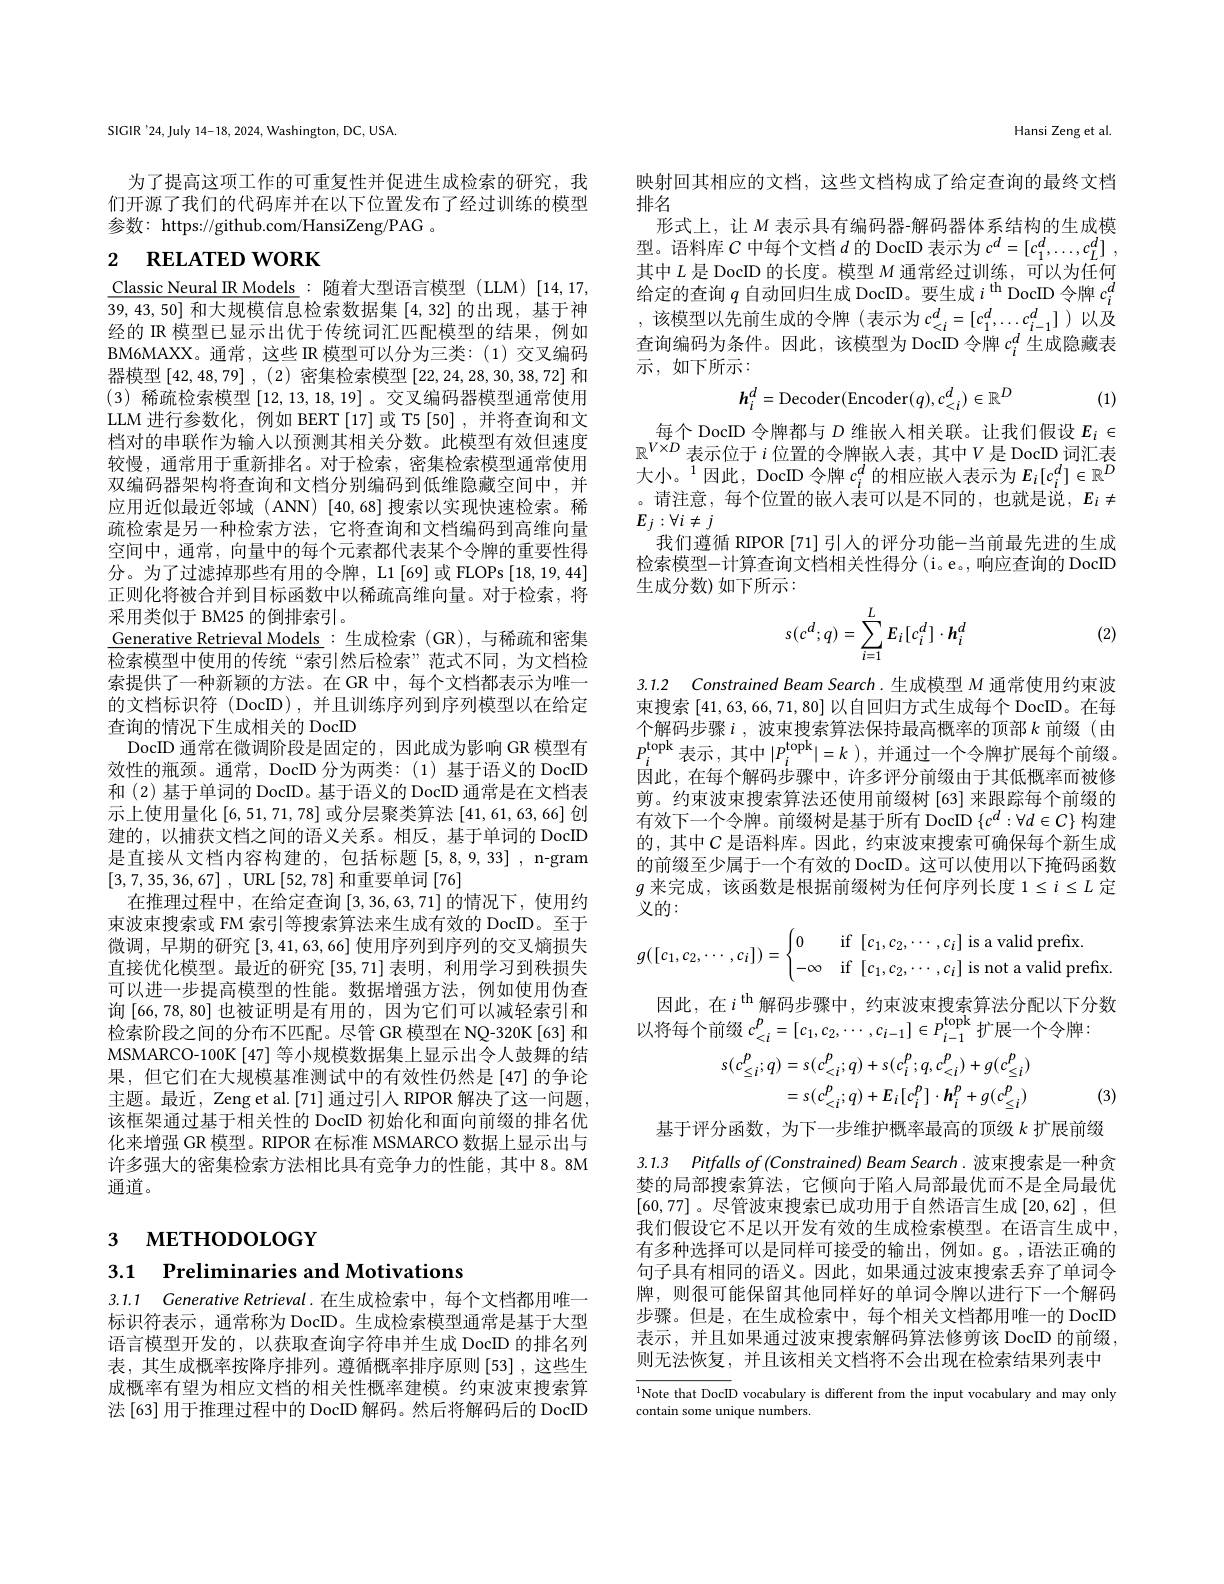
SIGIR'24,July 14-18, 2024, Washington, DC, USA.

为了提高这项工作的可重复性并促进生成检索的研究，我们开源了我们的代码库并在以下位置发布了经过训练的模型参数：https://github.com/HansiZeng/PAG 。

# 2 RELATED WORK

Classic Neural IR Models : 随着大型语言模型 (LLM) [14,17, 39,43,50]和大规模信息检索数据集[4,32]的出现，基于神经的 IR 模型已显示出优于传统词汇匹配模型的结果，例如BM6MAXX。通常，这些 IR 模型可以分为三类：(1) 交叉编码器模型[42,48,79] , (2)密集检索模型[22,24,28,30,38,72]和(3) 稀疏检索模型[12,13,18,19]。交叉编码器模型通常使用LLM 进行参数化，例如 BERT [17]或 T5 [50] ,并将查询和文档对的串联作为输人以预测其相关分数。此模型有效但速度较慢，通常用于重新排名。对于检索，密集检索模型通常使用双编码器架构将查询和文档分别编码到低维隐藏空间中，并应用近似最近邻域 (ANN) [40,68] 搜索以实现快速检索。稀疏检索是另一种检索方法，它将查询和文档编码到高维向量空间中，通常，向量中的每个元素都代表某个令牌的重要性得分。为了过滤掉那些有用的令牌，L1[69]或 FLOPs[18,19,44] 正则化将被合并到目标函数中以稀疏高维向量。对于检索，将采用类似于 BM25 的倒排索引。
$\underline{\text{Generative Retrieval Models}}:$生成检索(GR),与稀疏和密集检索模型中使用的传统“索引然后检索”范式不同，为文档检索提供了一种新颖的方法。在 GR 中，每个文档都表示为唯一的文档标识符 (DocID),并且训练序列到序列模型以在给定查询的情况下生成相关的 DocID
DocID 通常在微调阶段是固定的，因此成为影响 GR 模型有效性的瓶颈。通常，DocID 分为两类：(1)基于语义的 DocID 和 (2) 基于单词的 DocID。基于语义的 DocID 通常是在文档表示上使用量化[6,51,71,78]或分层聚类算法 [41,61,63,66] 创建的，以捕获文档之间的语义关系。相反，基于单词的 DocID 是直接从文档内容构建的，包括标题[5,8,9,33] ,n-gram [3,7,35,36,67] , URL[52,78]和重要单词 [76]
在推理过程中，在给定查询$\left[3,36,63,71\right]$的情况下，使用约束波束搜索或 FM 索引等搜索算法来生成有效的 DocID。至于微调，早期的研究$\left[3,41,63,66\right]$使用序列到序列的交叉熵损失直接优化模型。最近的研究[35,71] 表明，利用学习到秩损失可以进一步提高模型的性能。数据增强方法，例如使用伪查询 [66,78,80] 也被证明是有用的，因为它们可以减轻索引和检索阶段之间的分布不匹配。尽管 GR 模型在 NQ-320K[63] 和MSMARCO-100K[47] 等小规模数据集上显示出令人鼓舞的结果，但它们在大规模基准测试中的有效性仍然是[47]的争论主题。最近，Zeng et al.[71] 通过引人 RIPOR 解决了这一问题， 该框架通过基于相关性的 DocID 初始化和面向前缀的排名优化来增强 GR 模型。RIPOR 在标准 MSMARCO 数据上显示出与许多强大的密集检索方法相比具有竞争力的性能，其中 8。8M 通道。

# 3 метноросост $a$

3.1 $\textbf{Preliminaries and Motivations}$

3.1.1 Generative Retrieval.在生成检索中，每个文档都用唯一标识符表示，通常称为 DocID。生成检索模型通常是基于大型语言模型开发的，以获取查询字符串并生成 DocID 的排名列表，其生成概率按降序排列。遵循概率排序原则[53],这些生成概率有望为相应文档的相关性概率建模。约束波束搜索算法 [63] 用于推理过程中的 DocID 解码。然后将解码后的 DocID

Hansi Zeng et al

映射回其相应的文档，这些文档构成了给定查询的最终文档
排名
形式上，让$M$ 表示具有编码器-解码器体系结构的生成模型。语料库$C$中每个文档$d$的 DocID 表示为$c^d= [ c_1^d, \ldots , c_L^d]$ , 其中$L$是 DocID 的长度。模型$M$通常经过训练，可以为任何给定的查询$q$自动回归生成 DocID。要生成$i^\mathrm{th}$ DocID 令牌$c_i^{o}$ ,该模型以先前生成的令牌(表示为 $c_<i^d=[c_1^d,\ldots c_{i-1}^d]$)以及查询编码为条件。因此，该模型为 DocID 令牌$c_i^d$生成隐藏表示，如下所示：
$$h_{i}^{d}=\mathrm{Decoder}(\mathrm{Encoder}(q),c_{<i}^{d})\in\mathbb{R}^{D}$$
(1)

每个 DocID 令牌都与$D$维嵌入相关联。让我们假设$E_i\in$ $\mathbb{R}^{V\times D}$表示位于$i$位置的令牌嵌入表，其中$V$是 DocID 词汇表大小。$^1$因此，DocID 令牌 $c_i^d$ 的相应嵌入表示为$E_i[c_i^d]\in\mathbb{R}^D$ 。请注意，每个位置的嵌入表可以是不同的，也就是说，$E_i\neq$ $E_{j}:\forall i\neq j$
我们遵循 RIPOR [71] 引人的评分功能-当前最先进的生成检索模型-计算查询文档相关性得分( $i。e。$,响应查询的 DocID 生成分数)如下所示：
$$s(c^d;q)=\sum_{i=1}^LE_i[c_i^d]\cdot\boldsymbol{h}_i^d$$
(2)

3.1.2 Constrained Beam Search. 生成模型 M 通常使用约束波束搜索[41,63,66,71,80]以自回归方式生成每个 DocID。在每

个解码步骤$i$, 波束搜索算法保持最高概率的顶部$k$ 前缀(由$P_{i}^{\mathrm{topk}}$表示，其中$| P_i^\mathrm{topk}| = k$ ),并通过一个令牌扩展每个前缀。因此，在每个解码步骤中，许多评分前缀由于其低概率而被修剪。约束波束搜索算法还使用前缀树[63]来跟踪每个前缀的有效下一个令牌。前缀树是基于所有 DocID $\{c^d:\forall d\in C\}$构建的，其中$C$ 是语料库。因此，约束波束搜索可确保每个新生成的前缀至少属于一个有效的 DocID。这可以使用以下掩码函数$g$来完成，该函数是根据前缀树为任何序列长度$1\leq i\leq L$定义的：
$$g([c_1,c_2,\cdots,c_i])=\begin{cases}0&\text{if}[c_1,c_2,\cdots,c_i]\text{is a valid prefix.}\\-\infty&\text{if}[c_1,c_2,\cdots,c_i]\text{is not a valid prefix.}\end{cases}$$
因此，在$i^\mathrm{th}$解码步骤中，约束波束搜索算法分配以下分数
以将每个前缀$c_<i^p=[c_1,c_2,\cdots,c_{i-1}]\in P_{i-1}^\mathrm{topk}$扩展一个令牌：
$$\begin{aligned}s(c_{\leq i}^{p};q)&=s(c_{<i}^{p};q)+s(c_{i}^{p};q,c_{<i}^{p})+g(c_{\leq i}^{p})\\&=s(c_{<i}^{p};q)+E_{i}[c_{i}^{p}]\cdot h_{i}^{p}+g(c_{\leq i}^{p})\end{aligned}$$
(3)

3.1.3 $Pitfallsof\left ( Constrained\right ) BeamSearch.$波束搜索是一种贪

基于评分函数，为下一步维护概率最高的顶级$k$扩展前缀婪的局部搜索算法，它倾向于陷人局部最优而不是全局最优[60,77]。尽管波束搜索已成功用于自然语言生成[20,62],但我们假设它不足以开发有效的生成检索模型。在语言生成中， 有多种选择可以是同样可接受的输出，例如。g。,语法正确的句子具有相同的语义。因此，如果通过波束搜索丢弃了单词令牌，则很可能保留其他同样好的单词令牌以进行下一个解码步骤。但是，在生成检索中，每个相关文档都用唯一的 DocID 表示，并且如果通过波束搜索解码算法修剪该 DocID 的前缀， 则无法恢复，并且该相关文档将不会出现在检索结果列表中

${^{1}\text{Note that DocID vocabulary is different from the input vocabulary and may only}}$
contain some unique numbers